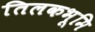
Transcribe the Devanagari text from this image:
तिलकभूमि